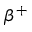
\beta ^ { + }